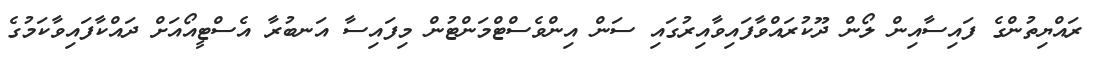
ރައްޔިތުންގެ ފައިސާއިން ލޯން ދޫކުރައްވާފައިވާއިރުގައި ސަން އިންވެސްޓްމަންޓުން މިފައިސާ އަނބުރާ އެސްޓީއޯއަށް ދައްކާފައިވާކަމުގެ